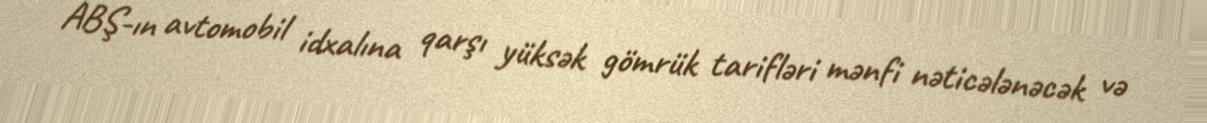
ABŞ-ın avtomobil idxalına qarşı yüksək gömrük tarifləri mənfi nəticələnəcək və